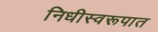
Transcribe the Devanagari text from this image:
निधीस्वरूपात